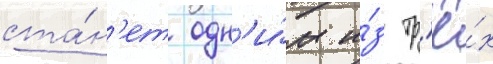
ста́н'ет одн'и́м и́з тр'ё́х